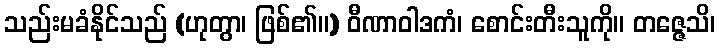
သည်းမခံနိုင်သည် (ဟုတွာ၊ ဖြစ်၏။) ဝီဏာဝါဒကံ၊ စောင်းတီးသူကို။ တဇ္ဇေသိ၊